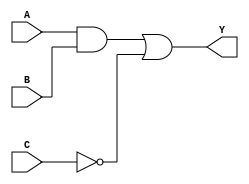
module combinational_logic_block (
    input wire A,      // Input A
    input wire B,      // Input B
    input wire C,      // Input C
    output wire Y      // Output Y
);

// Internal signals
wire and_output;      // Output of AND gate
wire not_c;          // Output of NOT gate

// Logic implementation
// AND gate
assign and_output = A & B;

// NOT gate
assign not_c = ~C;

// OR gate
assign Y = and_output | not_c;

endmodule